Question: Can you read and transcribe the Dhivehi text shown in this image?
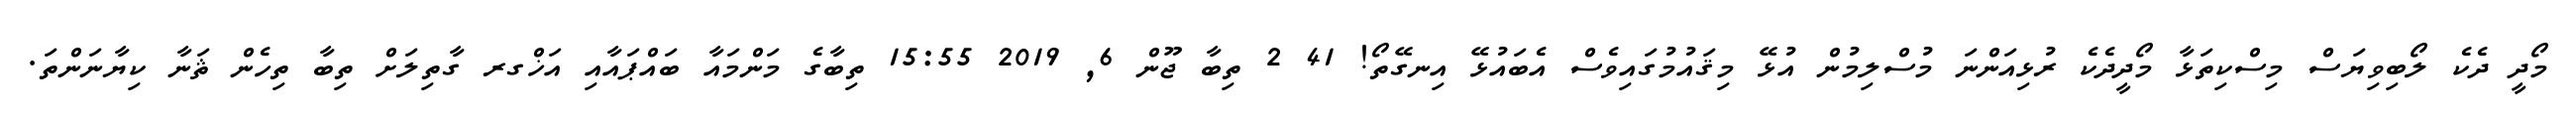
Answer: މޯދީ ދެކެ ލޯބިވިޔަސް މިސްކިތަޅާ މޯދީދެކެ ރުޅިއަންނަ މުސްލިމުން އުޅޭ މިޤައުމުގައިވެސް އެބައުޅޭ އިނގޭތޯ! 41 2 ތިބާ ޖޫން 6, 2019 15:55 ތިބާގެ މަންމައާ ބައްޕައާއި އަޚްގރ ގާތިލަށް ތިބާ ތިހެން ޘަނާ ކިޔާނަންތަ.